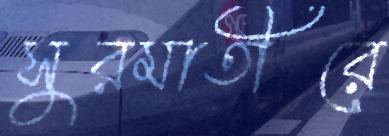
সুরমাতীরে